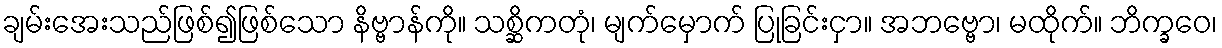
ချမ်းအေးသည်ဖြစ်၍ဖြစ်သော နိဗ္ဗာန်ကို။ သစ္ဆိကတုံ၊ မျက်မှောက် ပြုခြင်းငှာ။ အဘဗ္ဗော၊ မထိုက်။ ဘိက္ခဝေ၊